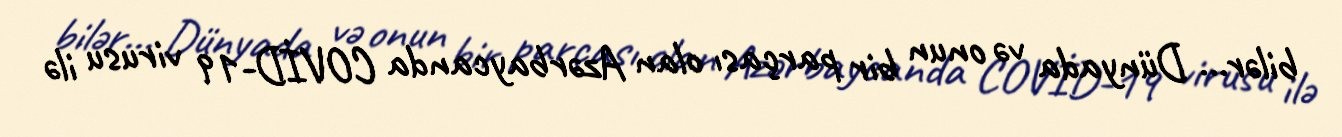
bilər... Dünyada və onun bir parçası olan Azərbaycanda COVİD-19 virusu ilə